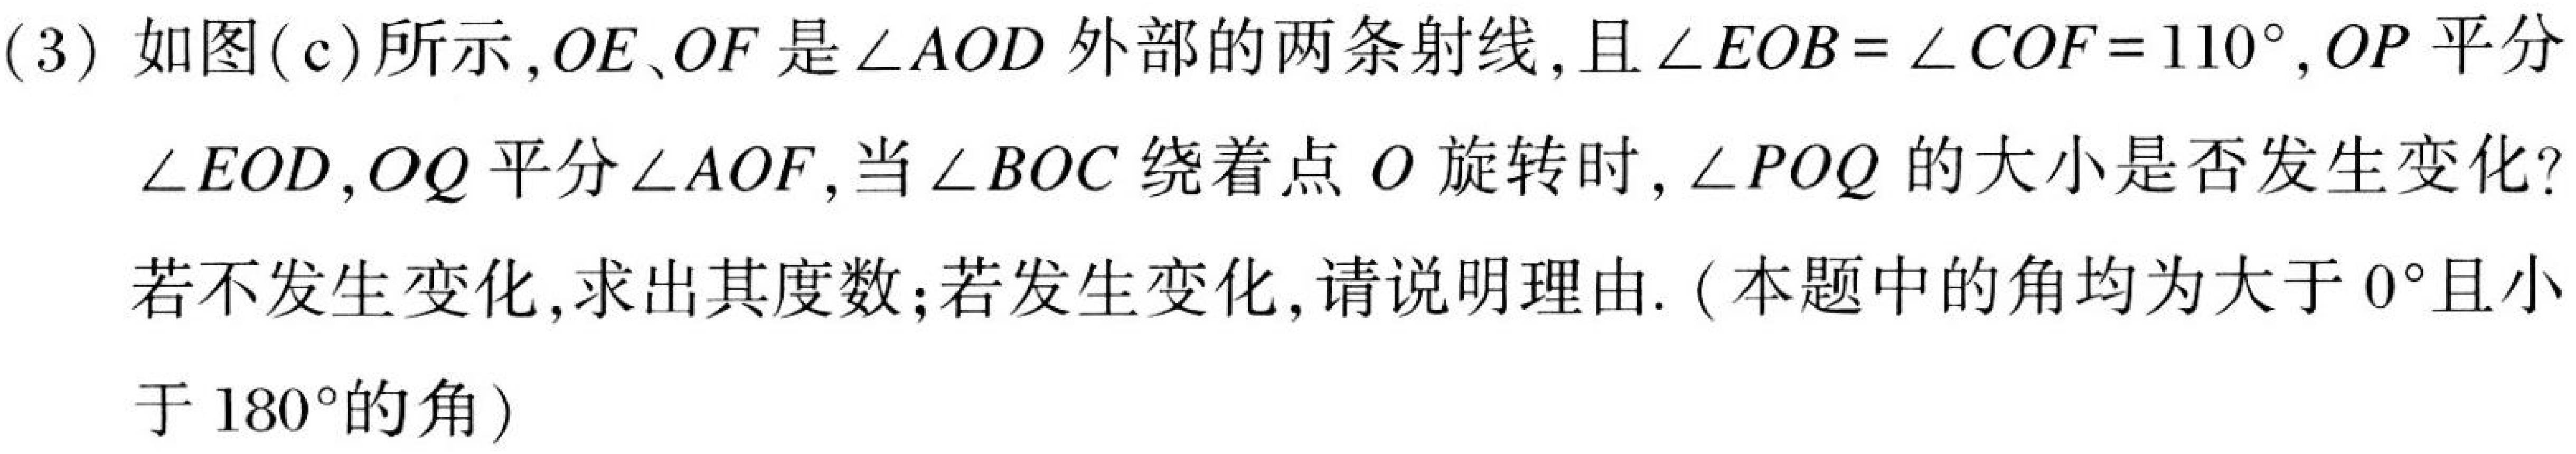
(3) 如图(c)所示,\(OE、OF\)是\(\angle AOD\)外部的两条射线,且\(\angle EOB=\angle COF = 110^{\circ}\),\(OP\)平分
\(\angle EOD\),\(OQ\)平分\(\angle AOF\),当\(\angle BOC\)绕着点\(O\)旋转时,\(\angle POQ\)的大小是否发生变化?
若不发生变化,求出其度数;若发生变化,请说明理由. (本题中的角均为大于\(0^{\circ}\)且小
于\(180^{\circ}\)的角)